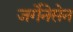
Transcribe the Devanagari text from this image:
जर्गेनेसेन